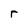
Character: r